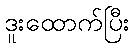
ဒူးထောက်ပြီး